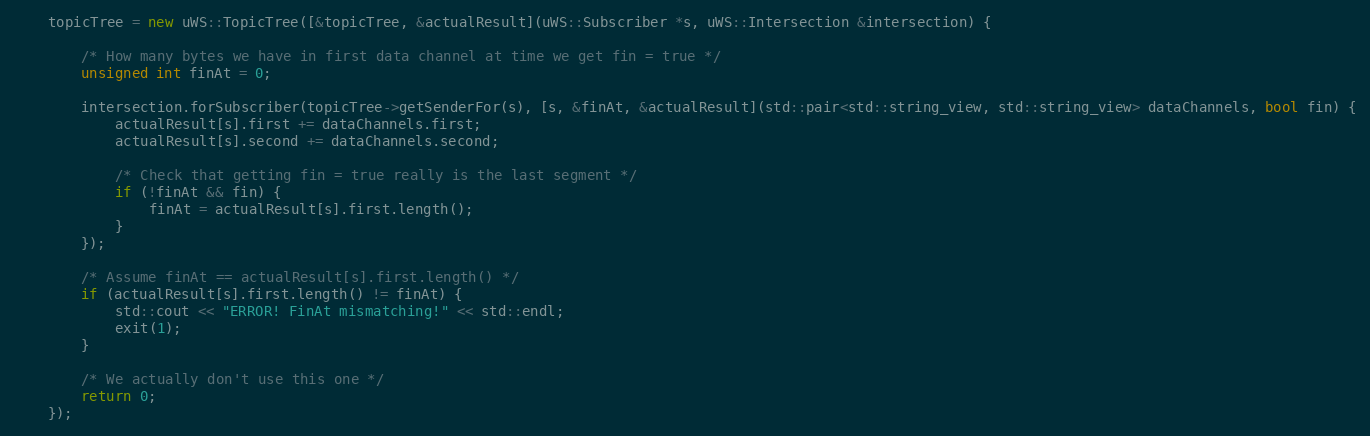
Language: C++
    topicTree = new uWS::TopicTree([&topicTree, &actualResult](uWS::Subscriber *s, uWS::Intersection &intersection) {

        /* How many bytes we have in first data channel at time we get fin = true */
        unsigned int finAt = 0;

        intersection.forSubscriber(topicTree->getSenderFor(s), [s, &finAt, &actualResult](std::pair<std::string_view, std::string_view> dataChannels, bool fin) {
            actualResult[s].first += dataChannels.first;
            actualResult[s].second += dataChannels.second;

            /* Check that getting fin = true really is the last segment */
            if (!finAt && fin) {
                finAt = actualResult[s].first.length();
            }
        });

        /* Assume finAt == actualResult[s].first.length() */
        if (actualResult[s].first.length() != finAt) {
            std::cout << "ERROR! FinAt mismatching!" << std::endl;
            exit(1);
        }

        /* We actually don't use this one */
        return 0;
    });